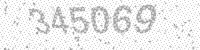
Solution: 345069